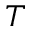
T